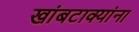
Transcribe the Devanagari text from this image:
खांबटाक्यांना